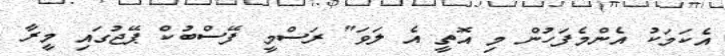
އެކަމަކު އެންމެފަހުން މި އޮތީ އެ ލަވަ" ރަސްމީ ފޭސްބުކް ޕޭޖުގައި މީރާ